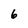
Character: 6